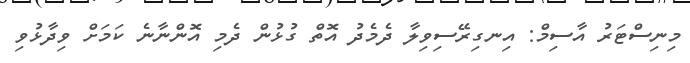
މިނިސްޓަރު އާސިމް: އިނގިރޭސިވިލާ ދެމެދު އޮތް ގުޅުން ދެމި އޮންނާނެ ކަމަށް ވިދާޅުވި